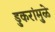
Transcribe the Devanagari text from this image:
डुकरांमुळे